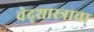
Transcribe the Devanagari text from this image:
वेद्शास्त्राचा